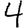
Digit: 4